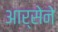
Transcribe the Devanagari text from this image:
आर्सेने